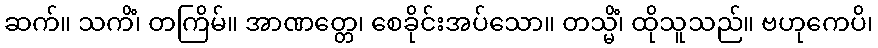
ဆက်။ သကိံ၊ တကြိမ်။ အာဏတ္တေ၊ စေခိုင်းအပ်သော။ တသ္မိံ၊ ထိုသူသည်။ ဗဟုကေပိ၊